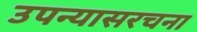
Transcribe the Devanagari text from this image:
उपन्यासरचना